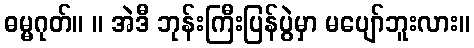
ဓမ္မဂုတ်။ ။ အဲဒီ ဘုန်းကြီးပြန်ပွဲမှာ မပျော်ဘူးလား။